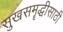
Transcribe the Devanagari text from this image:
सुखसमॄद्धीसाठी